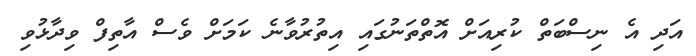
އަދި އެ ނިސްބަތް ކުރިއަށް އޮތްތަނުގައި އިތުރުވާނެ ކަމަށް ވެސް އާތިފް ވިދާޅުވި